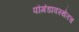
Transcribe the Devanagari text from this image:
पौगंडावस्थेतच